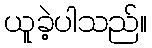
ယူခဲ့ပါသည်။